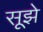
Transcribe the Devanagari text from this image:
सूझे